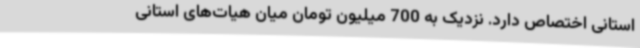
استانی اختصاص دارد. نزدیک به 700 میلیون تومان میان هیات‌های استانی